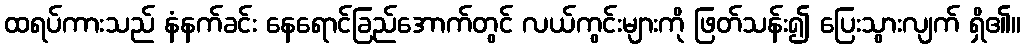
ထရပ်ကားသည် နံနက်ခင်း နေရောင်ခြည်အောက်တွင် လယ်ကွင်းများကို ဖြတ်သန်း၍ ပြေးသွားလျက် ရှိ၏။